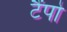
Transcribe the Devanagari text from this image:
टैंपो